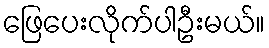
ဖြေပေးလိုက်ပါဦးမယ်။